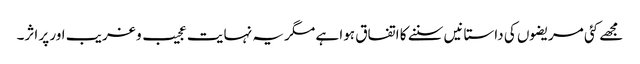
مجھے کئی مریضوں کی داستانیں سننے کا اتفاق ہوا ہے مگر یہ نہایت عجیب و غریب اور پر اثر۔